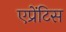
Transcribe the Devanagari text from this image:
एप्रेंटिस